system: You are a helpful assistant.
user:
Analyze the provided spectrum to determine if it is a **M-type Giant (gM)**.

A M-type Giant spectrum is defined by its **strong molecular absorption** features, particularly from **Titanium Oxide (TiO)**. You must check for one of the following mutually exclusive signatures:

- **Key Visual Indicators (Absorption-Dominated Spectrum):**

    - **(Primary):** The spectrum is dominated by strong molecular absorption from **Titanium Oxide (TiO)**. This is the **defining feature** of its M-type temperature class.
        - **(Key Bandheads):** Look for sharp, "saw-tooth" absorption valleys. The strongest are located near **~7050 Å**, **~6160 Å**, and **~5170 Å**.
        - **(Line Profile):** The "saw-tooth" morphology is critical: a **sharp, steep drop on the BLUE (short-wavelength) side** of the bandhead, followed by a gradual recovery (rising flux) towards the RED (long-wavelength) side.

    - **(Key Confirmation - Giant vs. Dwarf):** **ABSENCE** of strong **Calcium Hydride (CaH)** molecular bands. This is the primary diagnostic for *excluding* M-dwarfs.
        - **(Key Region):** The spectrum should lack the strong, broad absorption band seen in dwarfs between **~6800 Å and ~7000 Å**.

    - **(Secondary Confirmation - Giant):** A very strong and broad **Neutral Calcium (Ca I)** atomic absorption line.
        - **(Key Line):** Located at **~4226 Å**. In a giant (gM), this line is significantly deeper and broader than the same line in an M-dwarf (dM) due to low surface gravity.

    - **(Overall Spectrum):**
        - The continuum is **extremely red-sloping** (i.e., flux is very low in the blue and rises dramatically towards the red).
        - The entire spectrum appears "chopped up" by the deep TiO bands.

Think first, call **spectral_visualization_tool** if needed to examine features in detail, then provide your final answer. Your response must adhere to the following strict rules:
1.  **Overall Structure:** Your response must follow the format `<think>...</think> <tool_call>...</tool_call> (if a tool is used) <answer>...</answer>`.
2.  **Tool Usage Constraint:** You may only make **one** tool call per turn.
3.  **Final Answer Format:** In the `<answer>` tag, your conclusion must be inside a `\boxed{}` command (e.g., `\boxed{YES}` or `\boxed{NO}`), followed by your justification.

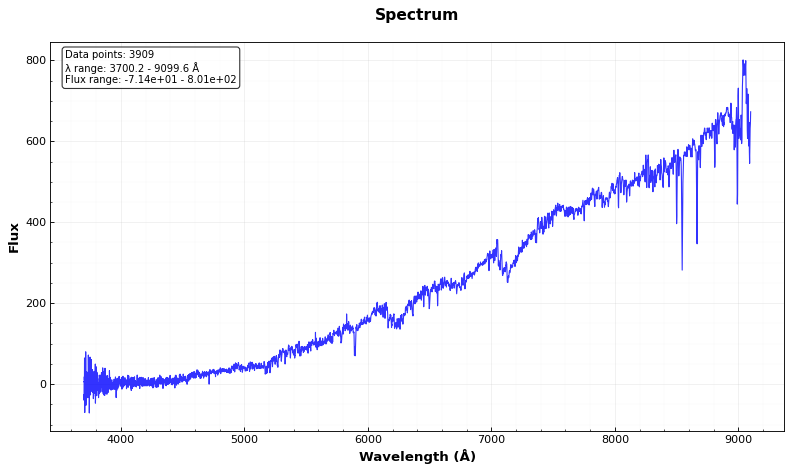
Answer: YES